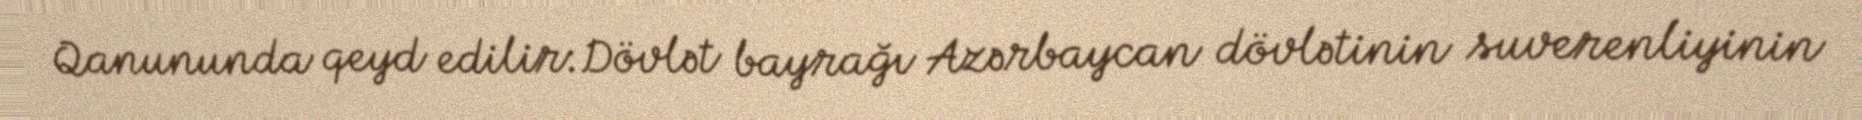
Qanununda qeyd edilir:Dövlət bayrağı Azərbaycan dövlətinin suverenliyinin